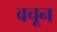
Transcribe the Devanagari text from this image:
वचून